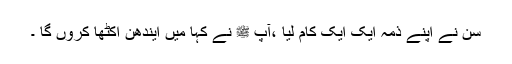
سن نے اپنے ذمہ ایک ایک کام لیا ،آپ ﷺ نے کہا میں ایندھن اکٹھا کروں گا ۔